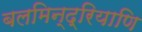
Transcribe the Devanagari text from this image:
बलमिन्द्रियाणि